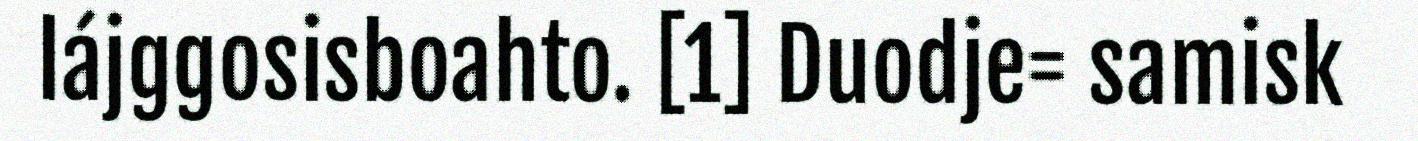
lájggosisboahto. [1] Duodje= samisk